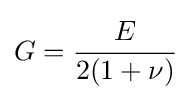
G={\cfrac {E}{2(1+\nu )}}